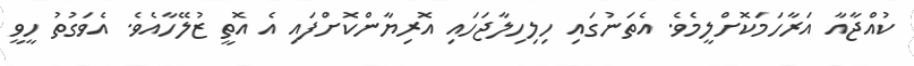
ކުއްޖާއާ އަރާހަމަކޮށްލީމެވެ. އެތަނުގައި ހިލިހިލާޖަހައި އޮރިޔާންކޮށްފައި އެ އޮތީ ޒުލޭހާއެވެ. އެވަގުތު ހީވީ